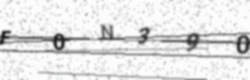
Text: F0N390